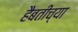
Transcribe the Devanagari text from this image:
हैबतीच्या